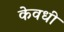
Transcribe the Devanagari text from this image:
केवधी